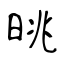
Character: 晀